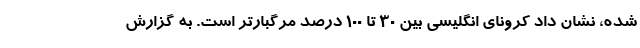
شده، نشان داد کرونای انگلیسی بین 30 تا 100 درصد مرگبارتر است. به گزارش